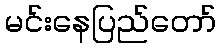
မင်းနေပြည်တော်